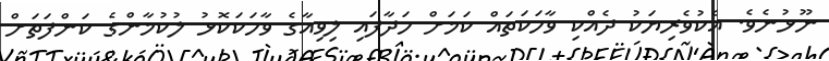
ނޫޅުނެވެ. އެކުވެރިޔަކު ދެއްކި ވާހަކަތައް ކަމަށް ހަދާފައި ލިވިއާގެ ވާހަކަކޮޅު ލުކުމާންގެ ކަންފަތަށް